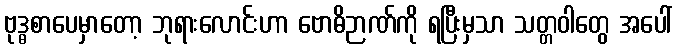
ဗုဒ္ဓစာပေမှာတော့ ဘုရားလောင်းဟာ ဗောဓိဉာဏ်ကို ရပြီးမှသာ သတ္တဝါတွေ အပေါ်